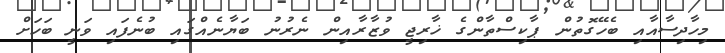
މިހާދިސާއާއި ބެހޭގޮތުން ޕާކިސްތާންގެ ޚާރިޖީ ވުޒާރާއިން ނެރުނު ބަޔާނެއްގައި ބުނެފައި ވަނީ ބަހަށް